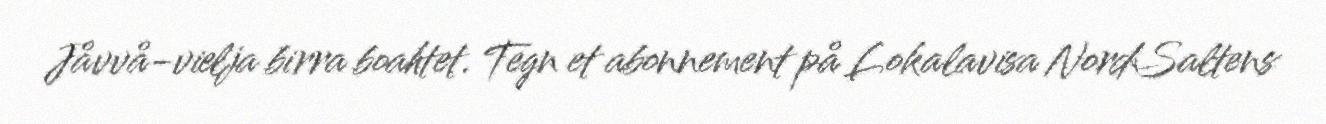
Jåvvå-vielja birra boahtet. Tegn et abonnement på Lokalavisa NordSaltens